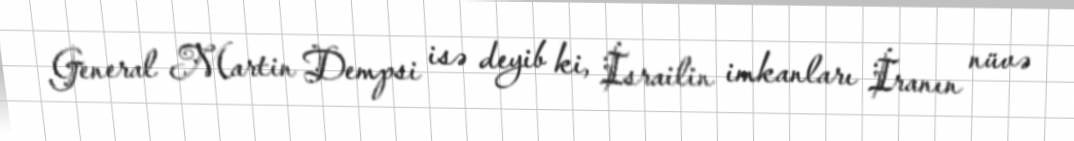
General Martin Dempsi isə deyib ki, İsrailin imkanları İranın nüvə